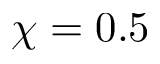
\chi = 0 . 5